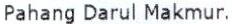
PAHANG DARUL MAKMUR.